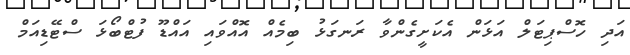
އަދި ހޮސްޕިޓަލް އަޅަން އެކަށީގެންވާ ރަނގަޅު ބިމެއް އޮއްވައި އައްޑޫ ފުޓްބޯޅަ ސްޓޭޑިއަމް